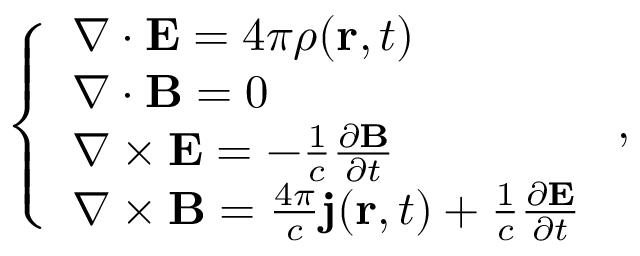
\left\{ \begin{array} { l l } { \nabla \cdot \mathbf { E } = 4 \pi \rho ( \mathbf { r } , t ) } \\ { \nabla \cdot \mathbf { B } = 0 } \\ { \nabla \times \mathbf { E } = - \frac { 1 } { c } \frac { \partial \mathbf { B } } { \partial t } } \\ { \nabla \times \mathbf { B } = \frac { 4 \pi } { c } \mathbf { j } ( \mathbf { r } , t ) + \frac { 1 } { c } \frac { \partial \mathbf { E } } { \partial t } } \end{array} \right. ,